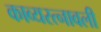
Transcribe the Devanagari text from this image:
काव्यरत्नावली